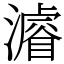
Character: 𤀹